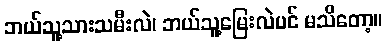
ဘယ်သူ့သားသမီးလဲ၊ ဘယ်သူ့မြေးလဲပင် မသိတော့။